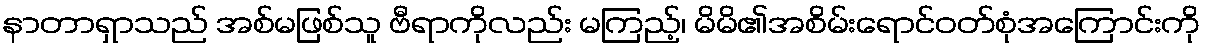
နာတာရှာသည် အစ်မဖြစ်သူ ဗီရာကိုလည်း မကြည့်၊ မိမိ၏အစိမ်းရောင်ဝတ်စုံအကြောင်းကို